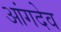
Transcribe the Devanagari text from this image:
आंगदेव